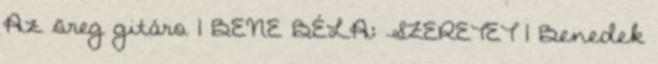
Az öreg gitáro 1 BENE BÉLA: SZERETET 1 Benedek